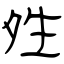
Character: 夝